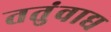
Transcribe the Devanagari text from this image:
ततुंवाद्य